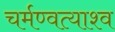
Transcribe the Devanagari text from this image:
चर्मण्वत्याश्व